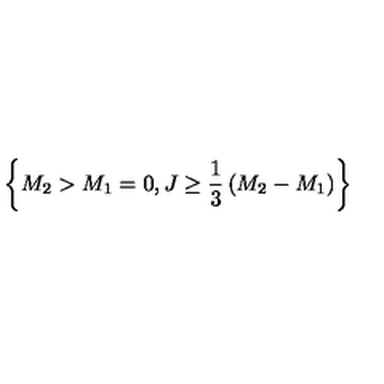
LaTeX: \left\{ M _ { 2 } > M _ { 1 } = 0 , J \ge { \frac { 1 } { 3 } } \left( M _ { 2 } - M _ { 1 } \right) \right\}